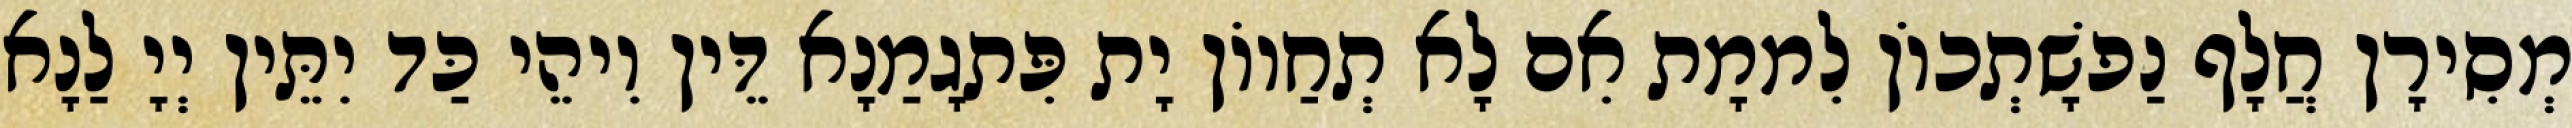
מְסִירָן חֲלָף נַפשָׁתְכוֹן לִממָת אִם לָא תְחַווֹן יָת פִּתגָמַנָא דֵּין וִיהֵי כַּד יִתֵּין יְיָ לַנָא